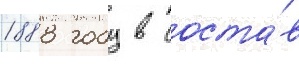
1888 году в соста́в